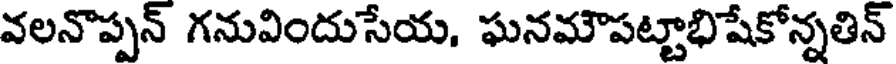
వలనొప్పన్ గనువిందుసేయ, ఘనమౌపట్టాభిషేకోన్నతిన్